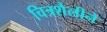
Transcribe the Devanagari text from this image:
चित्रशैलीने